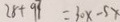
2 8 + 9 3 = 3 0 x - 5 x